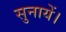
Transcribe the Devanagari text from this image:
सुनायें।